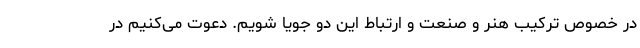
در خصوص ترکیب هنر و صنعت و ارتباط این دو جویا شویم. دعوت می‌کنیم در